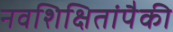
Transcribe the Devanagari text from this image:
नवशिक्षितांपैकी